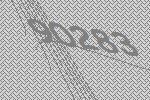
90283